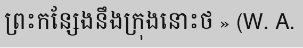
ព្រះកន្សែងនឹងក្រុងនោះថ » (W. A.